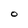
Character: O